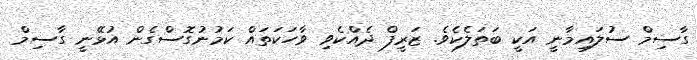
ގާސިމް ސުލައިމާނީ އަކީ ބަތަލެކެވެ. ޒަރީފް ދެއްކެވި ވާހަކަތައް ކަމުނުގޮސްގެން އުޅޭނީ ގާސިމް